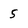
Character: 5